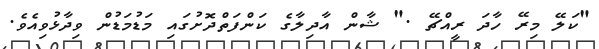
"ކަލޭ މިރޭ ހާދަ ރީއްޗޭ ." ޝާން އާދިލާގެ ކަންފަތްދޮށުގައި މަޑުމަޑުން ވިދާޅުވިއެވެ.